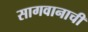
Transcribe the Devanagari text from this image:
सागवानाची